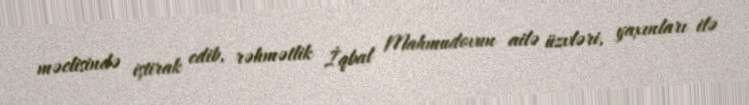
məclisində iştirak edib, rəhmətlik İqbal Mahmudovun ailə üzvləri, yaxınları ilə